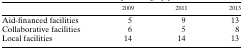
<table><thead><tr><td></td><td><b>2009</b></td><td><b>2011</b></td><td><b>2013</b></td></tr></thead><tbody><tr><td>Aid-financed facilities</td><td>5</td><td>9</td><td>13</td></tr><tr><td>Collaborative facilities</td><td>6</td><td>5</td><td>8</td></tr><tr><td>Local facilities</td><td>14</td><td>14</td><td>13</td></tr></tbody></table>